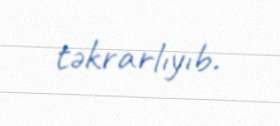
təkrarlıyıb.